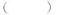
( )